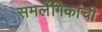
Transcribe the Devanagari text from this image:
समलैंगिकांची